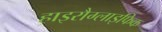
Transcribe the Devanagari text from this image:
हाइरौग्लाइफिक